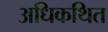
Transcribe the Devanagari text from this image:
अधिकथित